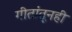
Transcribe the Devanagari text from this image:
गीतांतूनही